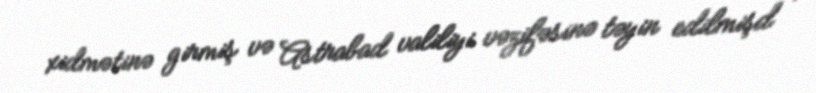
xidmətinə girmiş və Astrabad valiliyi vəzifəsinə təyin edilmişd .